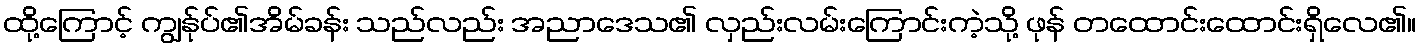
ထို့ကြောင့် ကျွန်ုပ်၏အိမ်ခန်း သည်လည်း အညာဒေသ၏ လှည်းလမ်းကြောင်းကဲ့သို့ ဖုန် တထောင်းထောင်းရှိလေ၏။